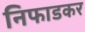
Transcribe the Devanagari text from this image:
निफाडकर